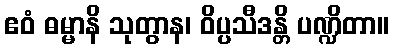
ဧဝံ ဓမ္မာနိ သုတွာန၊ ဝိပ္ပသီဒန္တိ ပဏ္ဍိတာ။